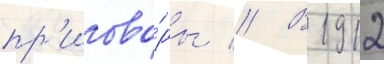
пр'игово́ры // В 1912